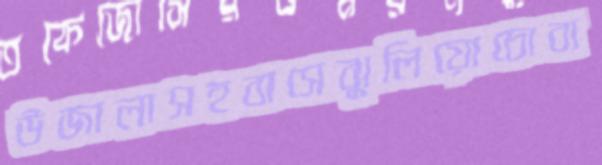
উজালাসহবাসেঝুলিয়োচোবা